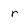
Character: r